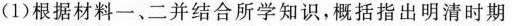
(1)根据材料一、二并结合所学知识，概括指出明清时期